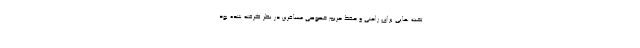
تخت هایی برای راحتی و حفظ حریم خصوصی مسافرین در نظر گرفته شده بود.